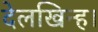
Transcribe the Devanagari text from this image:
देलखिन्ह।